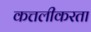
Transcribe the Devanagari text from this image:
कत्तलीकरता